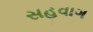
સહવાગ